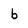
Character: b